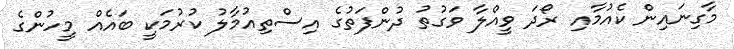
މާގިނައިން ކެއުމާއި ރޯދަ ވީއްލާ ވަގުތު ދުންފަތުގެ އިސްތިއުމާލު ކުރުމަކީ ބައެއް މީހުންގެ